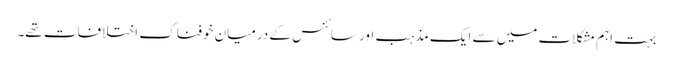
بہت اہم مشکلات میں سے ایک مذہب اور سائنس کے درمیان خوفناک اختلافات تھے۔